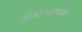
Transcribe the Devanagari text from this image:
अंतरराष्ट्रीयका